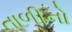
તાળીનો